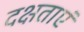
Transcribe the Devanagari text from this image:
दक्षताएं